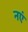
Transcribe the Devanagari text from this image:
नएं